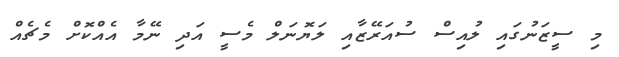
މި ސީޒަނުގައި ލުއިސް ސުއަރޭޒާއި ލަޔޮނަލް މެސީ އަދި ނޭމާ އެއްކޮށް މެޗެއް